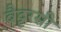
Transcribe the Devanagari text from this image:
बैट्टरसी